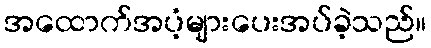
အထောက်အပံ့များပေးအပ်ခဲ့သည်။